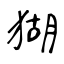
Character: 猢